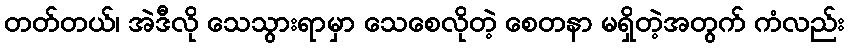
တတ်တယ်၊ အဲဒီလို သေသွားရာမှာ သေစေလိုတဲ့ စေတနာ မရှိတဲ့အတွက် ကံလည်း